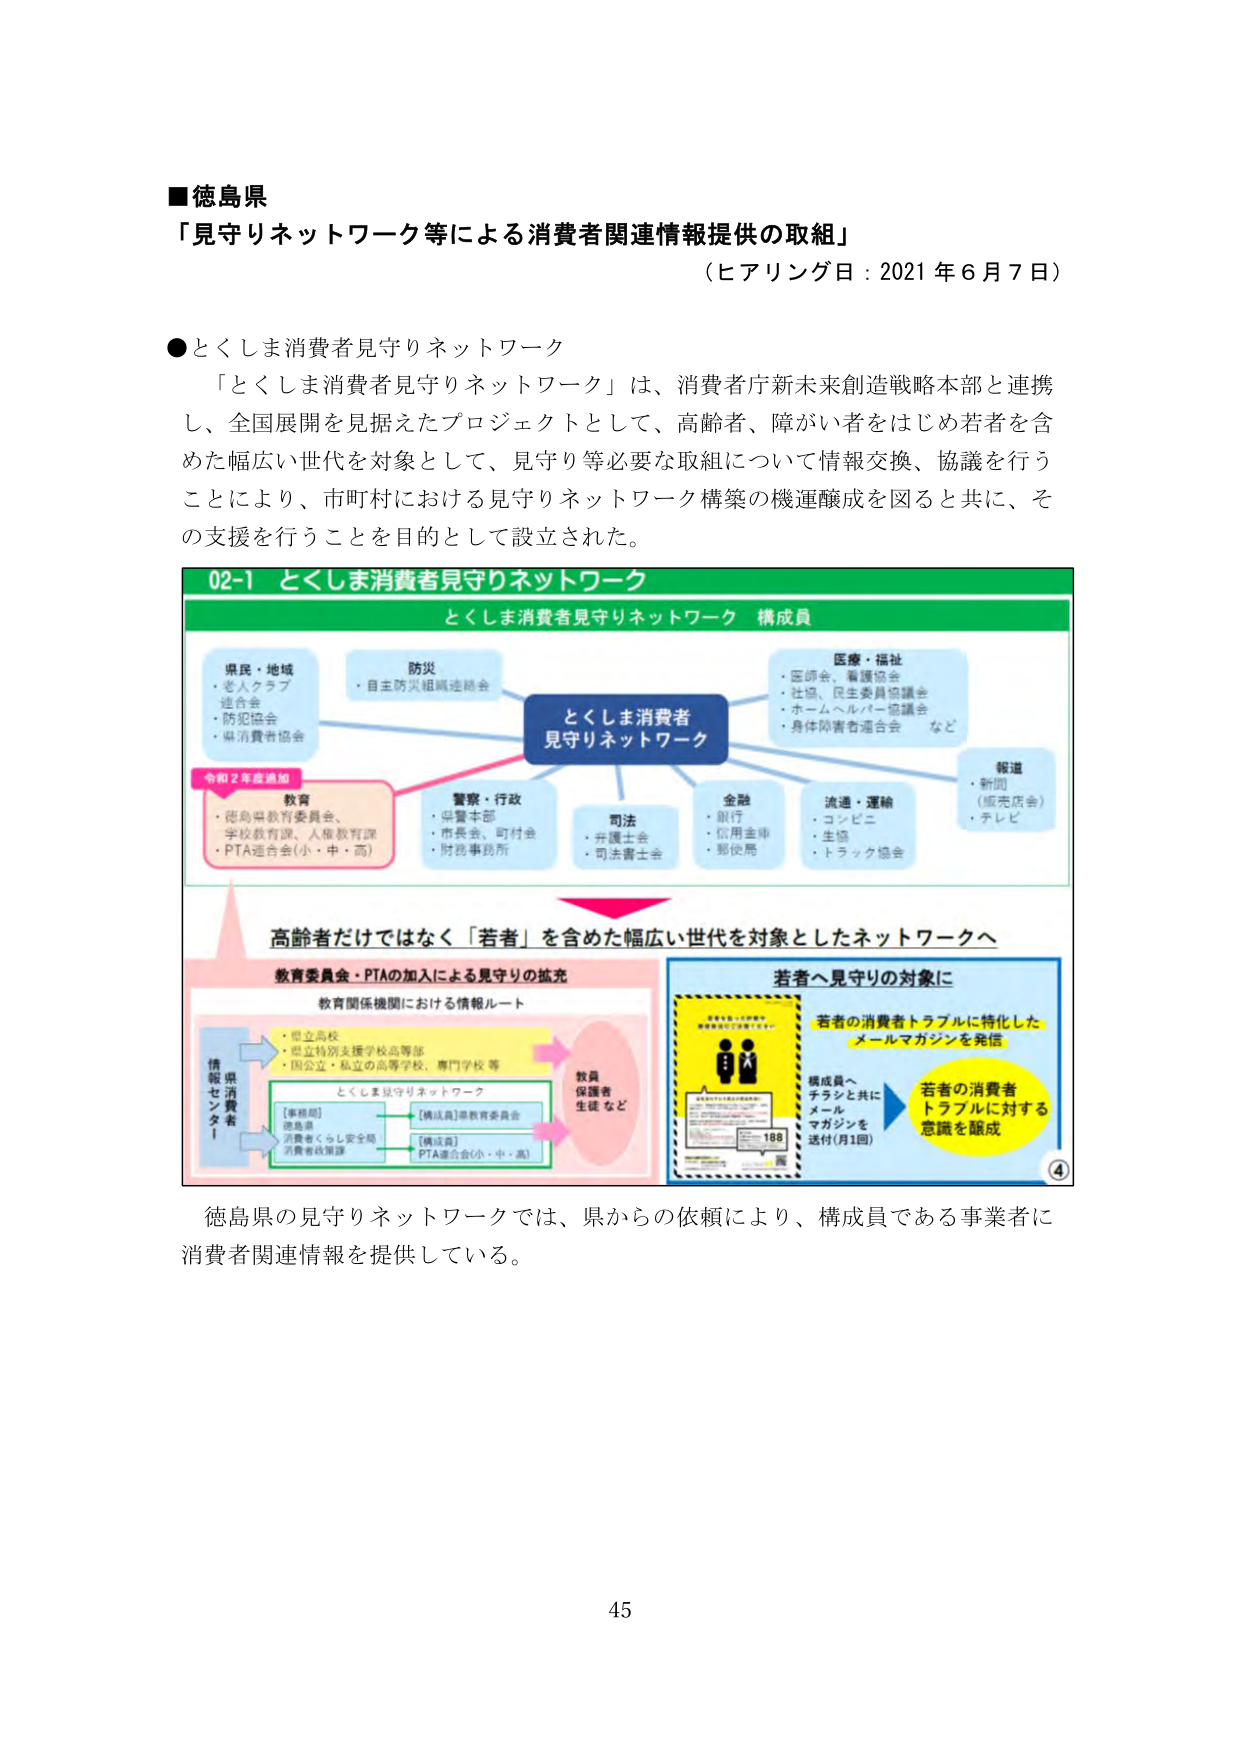
■徳島県
「見守りネットワーク等による消費者関連情報提供の取組」
（ヒアリング日：2021年6月7日）

●とくしま消費者見守りネットワーク
「とくしま消費者見守りネットワーク」は、消費者庁新未来創造戦略本部と連携し、全国展開を見据えたプロジェクトとして、高齢者、障がい者をはじめ若者を含めた幅広い世代を対象として、見守り等必要な取組について情報交換、協議を行うことにより、市町村における見守りネットワーク構築の機運醸成を図ると共に、その支援を行うことを目的として設立された。

02-1 とくしま消費者見守りネットワーク
とくしま消費者見守りネットワーク 構成員

県民・地域
・老人クラブ連合会
・防犯協会
・県消費者協会

防災
・自主防災組織連絡会

医療・福祉
・医師会、看護協会
・社協、民生委員協議会
・ホームヘルパー協議会
・身体障害者連合会 など

報道
・新聞（販売店含）
・テレビ

警察・行政
・県警本部
・市長会、町村会
・財務事務所

司法
・弁護士会
・司法書士会

金融
・銀行
・信用金庫
・郵便局

流通・運輸
・コンビニ
・生協
・トラック協会

とくしま消費者
見守りネットワーク

令和2年度追加
教育
・徳島県教育委員会、
学校教育課、人権教育課
・PTA連合会（小・中・高）

高齢者だけではなく「若者」を含めた幅広い世代を対象としたネットワークへ

教育委員会・PTAの加入による見守りの拡充
教育関係機関における情報ルート

・県立高校
・県立特別支援学校高等部
・国立・私立の高等学校、専門学校等

情報県民消費者
→ とくしま見守りネットワーク
→ [事務局] 徳島県消費者くらし安全局 消費者政策課
→ [構成員] 県教育委員会
→ [構成員] PTA連合会（小・中・高）

教員
保護者
生徒など

若者へ見守りの対象に
若者の消費者トラブルに特化した
メールマガジンを発信

構成員へ
チラシと共に
メールマガジンを
送付（月1回）

若者の消費者
トラブルに対する
意識を醸成

④

徳島県の見守りネットワークでは、県からの依頼により、構成員である事業者に消費者関連情報を提供している。

45